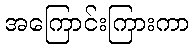
အကြောင်းကြားကာ